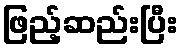
ဖြည့်ဆည်းပြီး